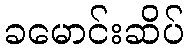
ခမောင်းဆိပ်